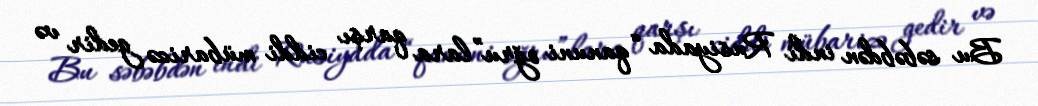
Bu səbəbdən indi Rusiyada “qanuni oğru”lara qarşı ciddi mübarizə gedir və